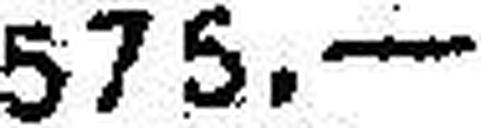
575.—